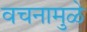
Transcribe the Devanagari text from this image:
वचनामुळे